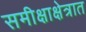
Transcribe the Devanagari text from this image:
समीक्षाक्षेत्रात